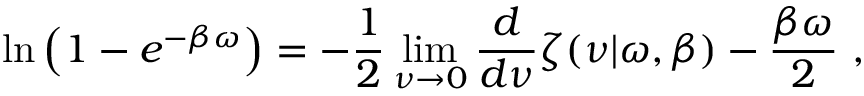
\ln \left( 1 - e ^ { - \beta \omega } \right) = - \frac 1 2 \operatorname * { l i m } _ { \nu \rightarrow 0 } { \frac { d } { d \nu } } \zeta ( \nu | \omega , \beta ) - { \frac { \beta \omega } { 2 } } ~ ,